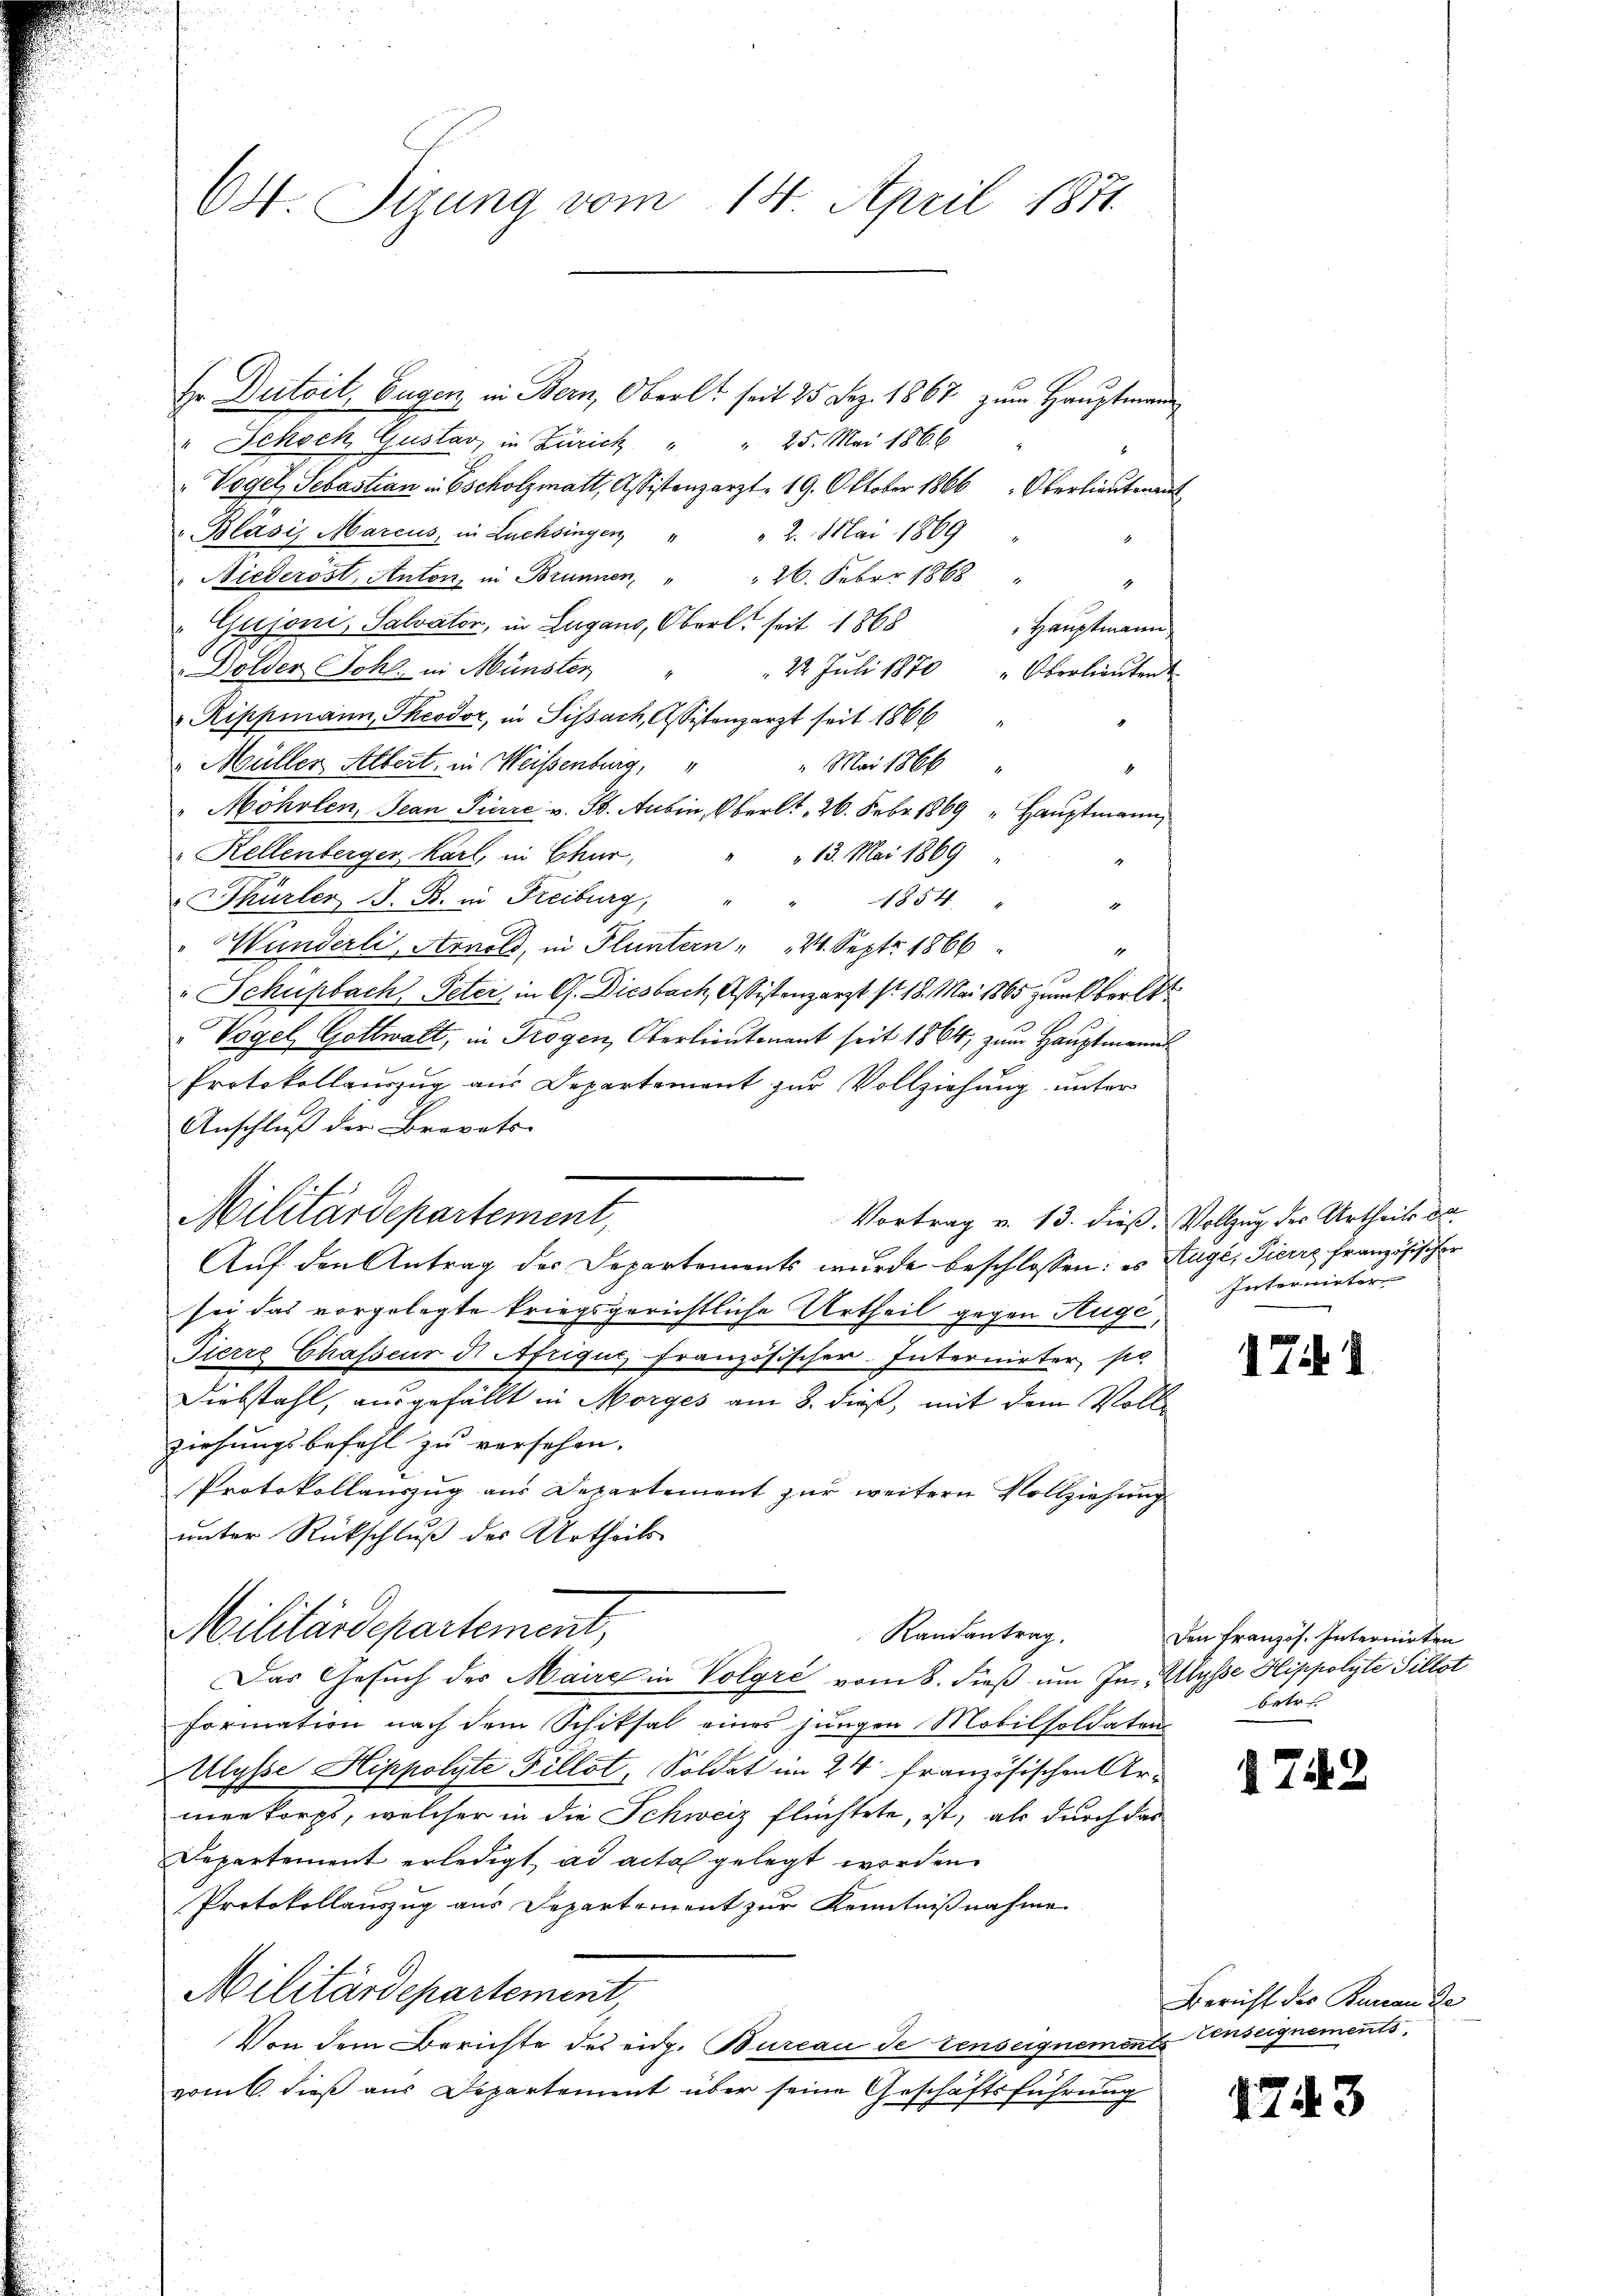
64. Sirung vom 14. April 1871

Er Dutoit, Eugen in Bern, Oberle seit 25 Dez. 1867 zum Hauptmann
" Ickeck, Gustav in Zürich " " 25. Mai 1866
"Vogel, Sebastian in Escholzmatt, Assistenzarzt. 19. Oktober 1866 Oberlieutenant
Bläsi, Marcus, in Lachsingen " " 2. Mai 1869
Niederöst, Anton, in Brunnen, " " 26. Feber 1868
4
Gujoni, Salvator, in Lugano, Oberl seit 1868
Hauptmann
Dölder Johl. in Münster,
22. Juli 1870 " Oberlieutent
 Rippmann, Theodor, in Sissach, Assistenzarzt seit 1866
Müller Albert, in Weisenburg,
" Mai 1866
1
Möhrlen, Jean Pierre v. 3. Aubin, Oberlt 26. Febr. 1869 " Hauptmann,
Rellenberger Karl, in Chur,
13. Mai 1869
 Thürler J. B. in Freiburg,
1854
2
Wunderli, Arnold, in Fluntern " " 24. Sept 1866
1
" Schupbach, Peter, in G. Diesbach, Assistenzarzt Nr. 18. Mai 1865 zum Oberl
"Vogel Gottwalt, in Trogen, Oberlieutenant seit 1864, zum Hauptmann
Protokollauszug aus Departement zur Vollziehung unter
Anschluß der Brevets-
Auf den Antrag der Departements wurde beschlossen: es Auge, Tierre Französischer
sei das vorgelegte kriegsgerichtliche Urtheil gegen Auge,
Pierre Chasseur d. Afrique, Französischer-Internirter po
Diebstahl, ausgefällt in Morges am 8. dieß, mit dem Vollziehungsbefehl zu versehen.
Protokollauszug aus Departement zŭr weitern Vollziehung
unter Rückschluß des Urtheils
Militärdepartement,
Randantrag.
Das Gesuch des Maire in Volgre vom 8. dieß um In Mysse Hippolyte Sillst
formation nach dem Schiksal eines jungen Mobilsoldatens
Ulysse Hippolyte Fillot, Soldat im 24. Französischen Ar-
meekorps, welcher in die Schweiz flüchtete, ist, als durch das
Departement erledigt, ad acta gelegt worden.
Protokollauszug aus Departement zur Kenntnißnahme
Militärdepartement,
Von dem Berichte des eidg. Bureau de tenseignements Conseignements
vom 6. dieß aus Departement über seine Geschäftsführung

Militärdepartement,

Vortrag v. 13. dieß. Vollzug des Urtheils da

Intermieter

71

Den Französ. Internirten
betr.

1749

berichtete Commen fo

4743